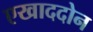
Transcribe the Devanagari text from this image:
एखाददोन